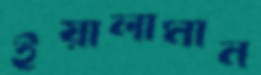
ইয়ালামান